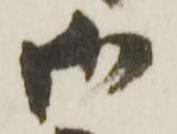
御